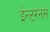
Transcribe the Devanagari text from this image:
ईन्टरनस